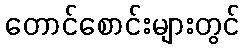
တောင်စောင်းများတွင်